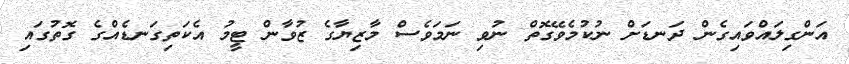
އަންގިލައްވައިގެން ދަނޑަށް ނުކުމެވޭގޮތް ނުވި ނަމަވެސް މާޒިޔާގެ ޒުވާން ޓީމު އެކަތިގަނޑެއްގެ ގޮތުގައި